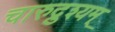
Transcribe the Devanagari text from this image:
चारुद्रुश्यम्